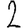
Digit: 2